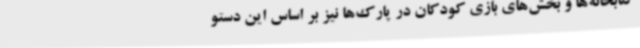
کتابخانه‌ها و بخش‌های بازی کودکان در پارک‌ها نیز بر اساس این دستو